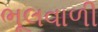
ભૂલવાળી